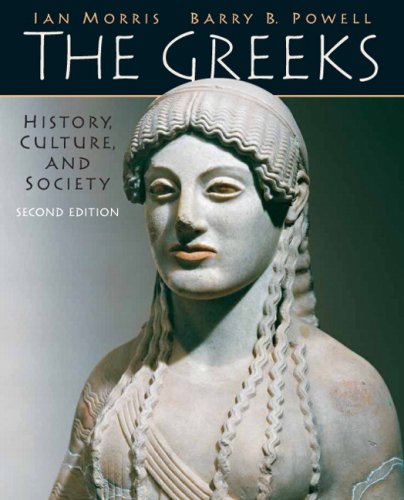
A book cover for The Greeks: History, Culture, and Society (2nd Edition); Ian Morris; History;